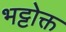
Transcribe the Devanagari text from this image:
भट्टोक्त